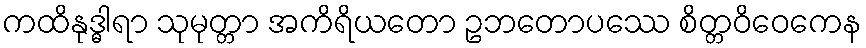
ကထိနုဒ္ဓါရာ သုမုတ္တာ အကိရိယတော ဥဘတောပဿေ စိတ္တဝိဝေကေန